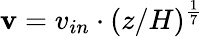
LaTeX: \mathbf{v}=v_{in}\cdot(z/H)^{\frac{1}{7}}